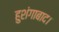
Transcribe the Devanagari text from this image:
हुशंगाबाद।